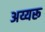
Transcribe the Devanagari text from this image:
अय्यरू